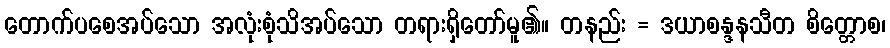
တောက်ပစေအပ်သော အလုံးစုံသိအပ်သော တရားရှိတော်မူ၏။ တနည်း = ဒယာစန္ဒနသီတ စိတ္တောစ၊